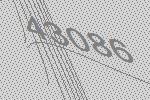
43086